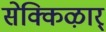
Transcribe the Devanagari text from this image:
सेक्किऴार्